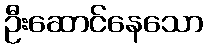
ဦးဆောင်နေသော